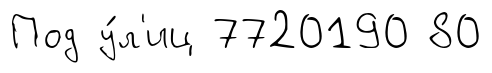
Под у́л'иц 7720190 80